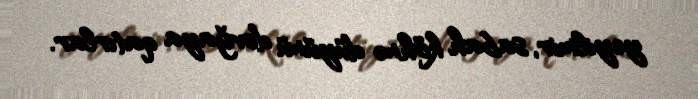
yeyilmir, sabah köhnə düyünü dovğaya qatırlar.